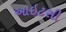
આઇટસી